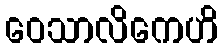
ဝေသာလိကေဟိ